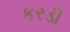
કરડી